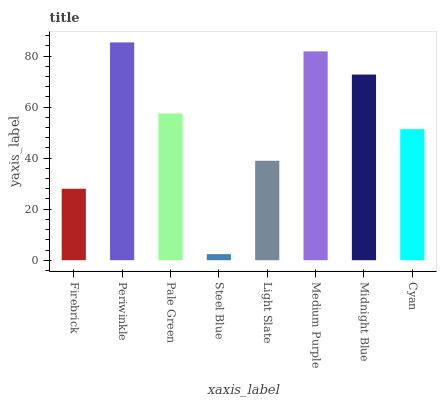
| xaxis_label | bars |
 | --- | --- |
 | Firebrick | 28 |
 | Periwinkle | 85.4 |
 | Pale Green | 57.5 |
 | Steel Blue | 2.39 |
 | Light Slate | 39 |
 | Medium Purple | 81.8 |
 | Midnight Blue | 72.8 |
 | Cyan | 51.4 |